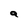
Character: a